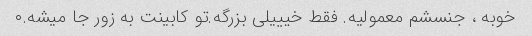
خوبه ، جنسشم معمولیه. فقط خیییلی بزرگه.تو کابینت به زور جا میشه.۰